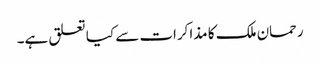
رحمان ملک کا مذاکرات سے کیا تعلق ہے۔